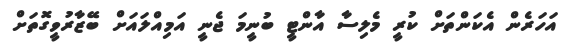
އަހަރެން އެކަންތަށް ކުރީ މެލިސާ އާންޓީ ބުނީމަ ޖެނީ އަމިއްލައަށް ބޭޒާރުވީގޮތަށް